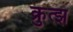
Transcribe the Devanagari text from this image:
क्रुत्झ